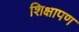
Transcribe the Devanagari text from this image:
शिक्षापण